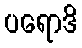
ပရောဒိ